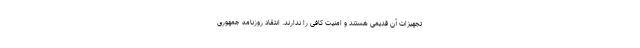
تجهیزات آن قدیمی هستند و امنیت کافی را ندارند. انتقاد روزنامه جمهوری